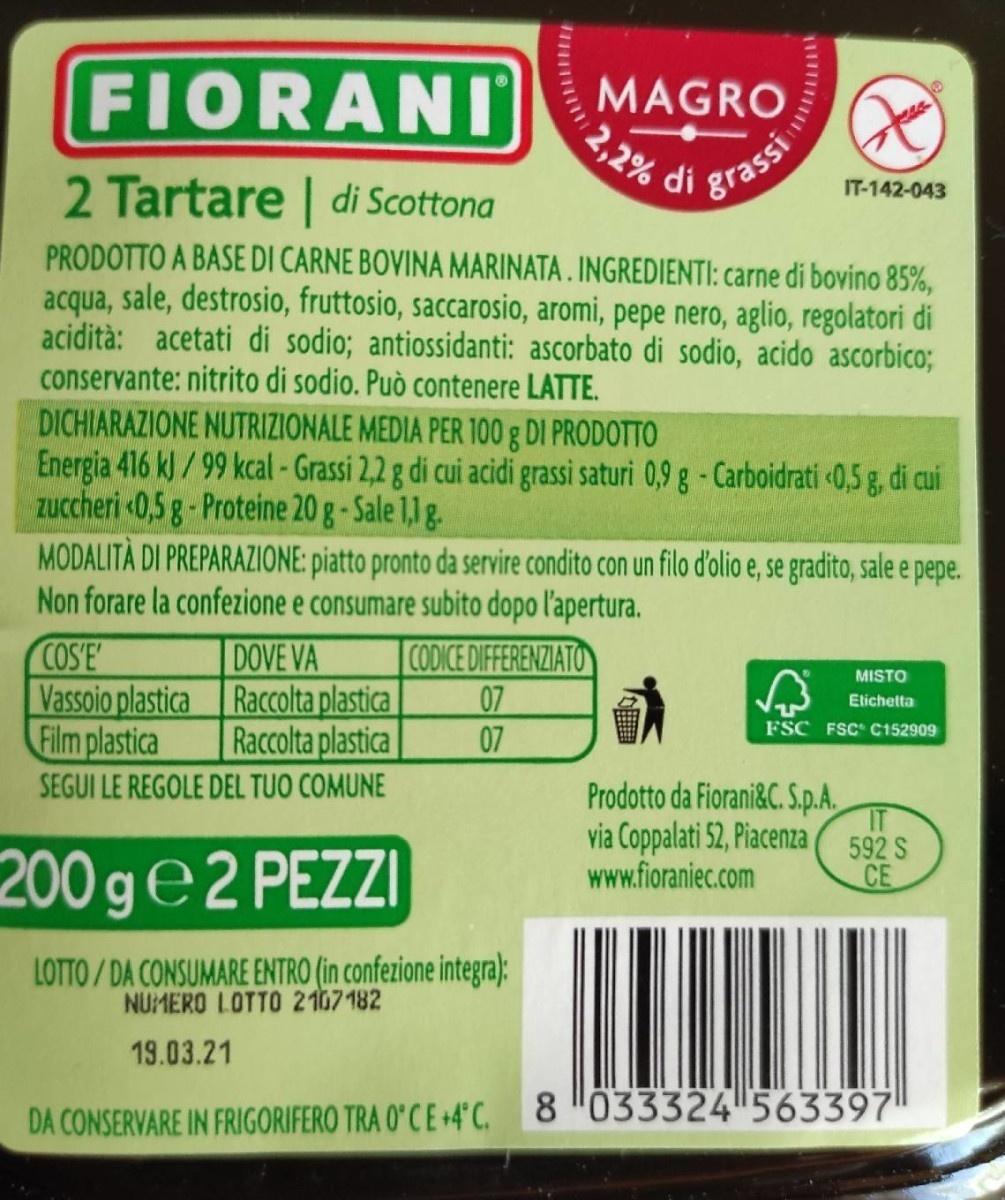
FIORANI
MAGRO 2,2%
2 Tartare | di Scottona
IT-142-043
grassi
PRODOTTO A BASE DI CARNE BOVINA MARINATA . INGREDIENTI: carne di bovino 85%, acqua, sale, destrosio, fruttosio, saccarosio, aromi, pepe nero, aglio, regolatori di acidità: acetati di sodio; antiossidanti: ascorbato di sodio, acido ascorbico; conservante: nitrito di sodio. Può contenere LATTE. DICHIARAZIONE NUTRIZIONALE MEDIA PER 100 g DI PRODOTTO Energia 416 kl/99 kcal -Grassi 2,2 g di cui acidi grassi saturi 0,9 g-Carboidrati 0,5 g, di cui zuccheri «0,5 g - Proteine 20 g-Sale 1,1 g. MODALITÀ DI PREPARAZIONE: piatto pronto da servire condito con un filo dolio e, se gradito, sale e pepe. Non forare la confezione e consumare subito dopo l'apertura.
COS'E Vassoio plastica Raccolta plastica Film plastica
DOVE VA
CODICE DIFFERENZIATO 07 07
MISTO
Elichetta
FSC FSC C152909
Raccolta plastica
SEGUI LE REGOLE DEL TUO COMUNE
Prodotto da Fiorani&C. S.p.A.
via Coppalati 52, Piacenza
592 S
200 ge2 PEZZI
www.fioraniec.com
CE
LOTTO/DA CONSUMARE ENTRO (in confezione integra): NUMERO LOTTO 2107182
19.03.21
DA CONSERVARE IN FRIGORIFERO TRA O'CE +4°C.
8 033324 563397